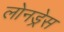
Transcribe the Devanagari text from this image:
लोनड्रेस